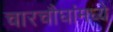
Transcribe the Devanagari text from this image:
चारचौघांमध्ये